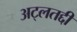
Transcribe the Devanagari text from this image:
अट्लतद्दी